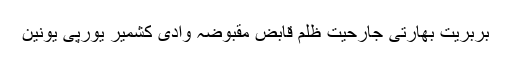
بربریت بھارتی جارحیت ظلم قابض مقبوضہ وادی کشمیر یورپی یونین